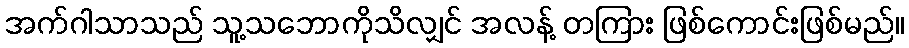
အက်ဂါသာသည် သူ့သဘောကိုသိလျှင် အလန့် တကြား ဖြစ်ကောင်းဖြစ်မည်။